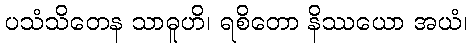
ပသံသိတေန သာဓူဟိ၊ ရစိတော နိဿယော အယံ၊